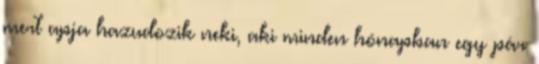
mert apja hazudozik neki, aki minden hónapban egy pár